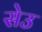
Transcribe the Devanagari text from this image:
सेउ